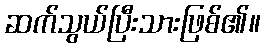
ဆက်သွယ်ပြီးသားဖြစ်၏။